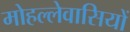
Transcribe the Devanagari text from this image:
मोहल्लेवासियों